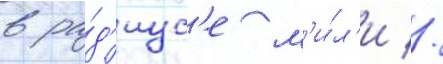
в ра́д'иус'е м'и́л'и //